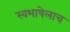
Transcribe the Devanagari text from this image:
स्वभाषेलाच